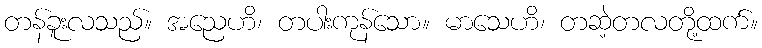
တန်ခူးလသည်။ အညေဟိ၊ တပါးကုန်သော။ မာသေဟိ၊ တဆဲ့တလတို့ထက်။